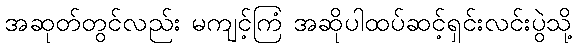
အဆုတ်တွင်လည်း မကျင့်ကြံ အဆိုပါထပ်ဆင့်ရှင်းလင်းပွဲသို့